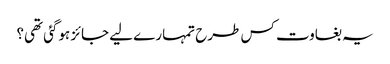
یہ بغاوت کس طرح تمہارے لیے جائز ہوگئی تھی؟